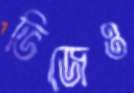
ভিজেও